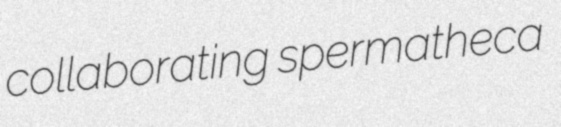
collaborating spermatheca